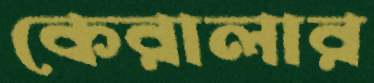
কেরালার